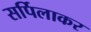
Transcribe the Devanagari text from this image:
सर्पिलाकर